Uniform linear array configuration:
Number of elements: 48
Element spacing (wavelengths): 0.75
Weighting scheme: uniform
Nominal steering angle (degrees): -60
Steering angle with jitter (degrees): -59.439
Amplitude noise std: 0.05
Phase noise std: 0.05

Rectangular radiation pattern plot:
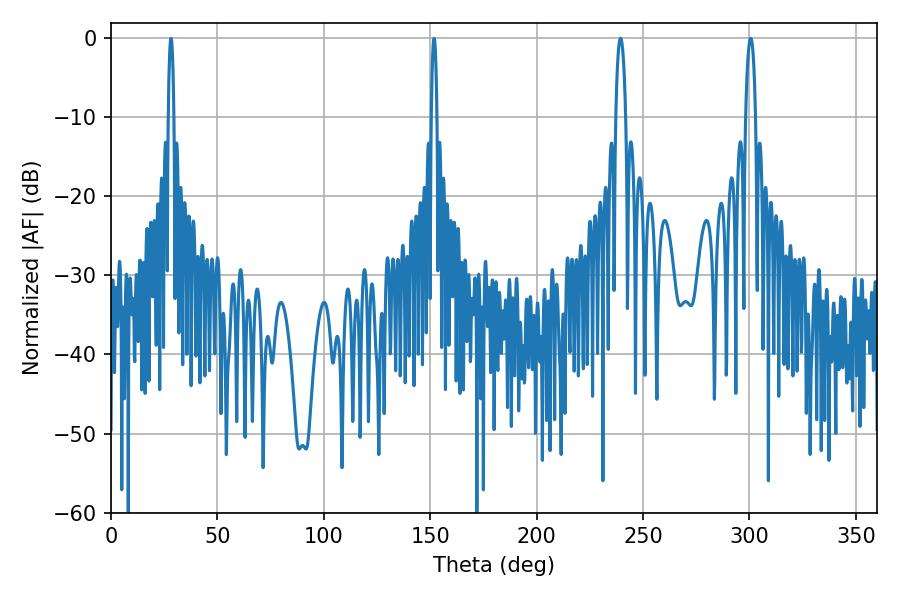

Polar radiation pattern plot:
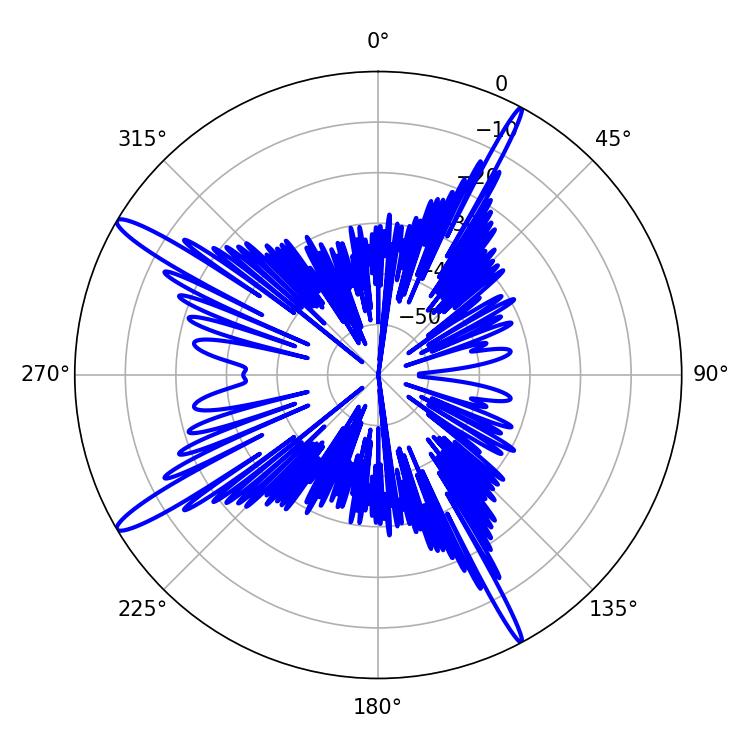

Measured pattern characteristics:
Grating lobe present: TRUE
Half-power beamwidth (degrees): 2.52
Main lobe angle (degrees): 239.4